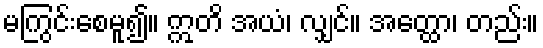
မကြွင်းစေမူ၍။ ဣတိ အယံ၊ လျှင်။ အတ္ထော၊ တည်း။